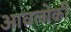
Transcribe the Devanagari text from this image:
आवलोकीं